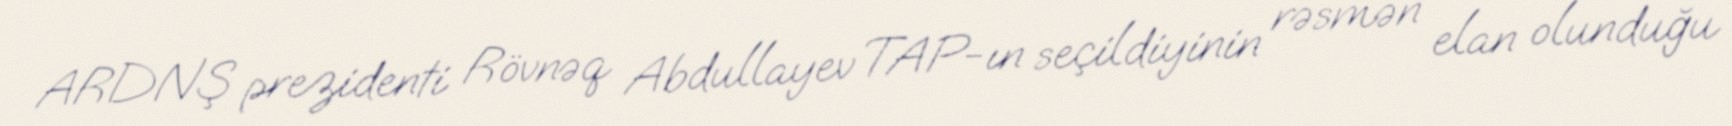
ARDNŞ prezidenti Rövnəq Abdullayev TAP-ın seçildiyinin rəsmən elan olunduğu